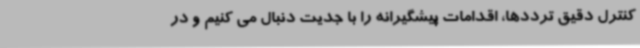
کنترل دقیق ترددها، اقدامات پیشگیرانه را با جدیت دنبال می کنیم و در